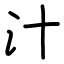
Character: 汁